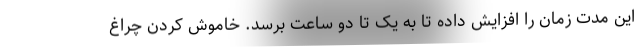
این مدت زمان را افزایش داده تا به یک تا دو ساعت برسد. خاموش کردن چراغ